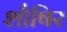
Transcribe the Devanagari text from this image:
शौषिर